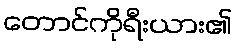
တောင်ကိုရီးယား၏